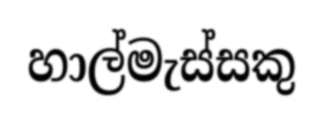
හාල්මැස්සකු